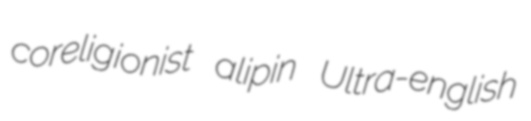
coreligionist alipin Ultra-english